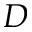
D